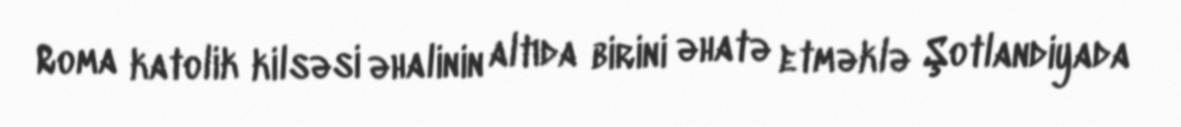
Roma katolik kilsəsi əhalinin altıda birini əhatə etməklə Şotlandiyada